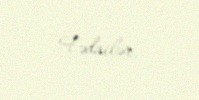
Fədailər.